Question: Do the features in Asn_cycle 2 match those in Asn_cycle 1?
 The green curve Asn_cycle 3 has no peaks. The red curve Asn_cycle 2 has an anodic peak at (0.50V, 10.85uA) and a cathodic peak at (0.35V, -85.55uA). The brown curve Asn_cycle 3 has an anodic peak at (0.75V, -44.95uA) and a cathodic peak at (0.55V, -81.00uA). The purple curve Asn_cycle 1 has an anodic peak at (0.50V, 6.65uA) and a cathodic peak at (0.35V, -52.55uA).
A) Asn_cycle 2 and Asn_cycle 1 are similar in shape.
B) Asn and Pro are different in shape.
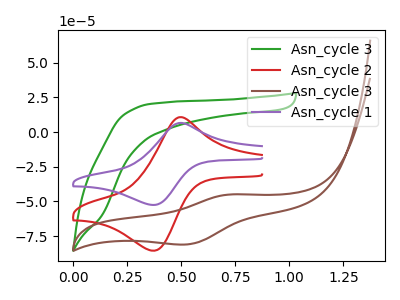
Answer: <think>All the peaks in "Asn_cycle 2" have a peak in "Asn_cycle 1" at the same potential. Every peak in "Asn_cycle 2" is higher than every peak in "Asn_cycle 1".
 </think>
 <answer>A) "Asn_cycle 2" and "Asn_cycle 1" are similar in shape.</answer>
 <eval>A</eval>